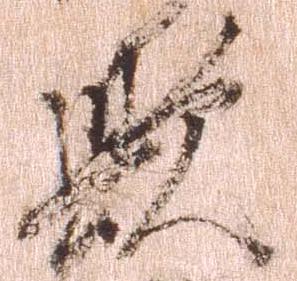
歟